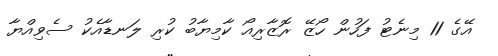
އޭގެ 11 މިނެޓު ފަހުން ހޯޒޭ ރޮޒާރިއޯ ކާމިޔާބު ކުރި ލަނޑާއެކު ސެވިއްޔާ